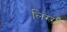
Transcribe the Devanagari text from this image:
लिंग्गी